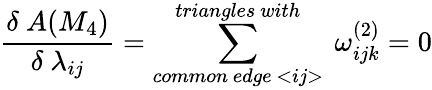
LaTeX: \frac{\delta~A(M_{4})}{\delta~\lambda_{ij}}=\sum_{common~edge~<ij>}^{triangles~with}~\omega_{ijk}^{(2)}=0